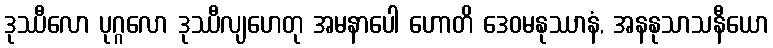
ဒုဿီလော ပုဂ္ဂလော ဒုဿီလျဟေတု အမနာပေါ ဟောတိ ဒေဝမနုဿာနံ, အနနုသာသနီယော